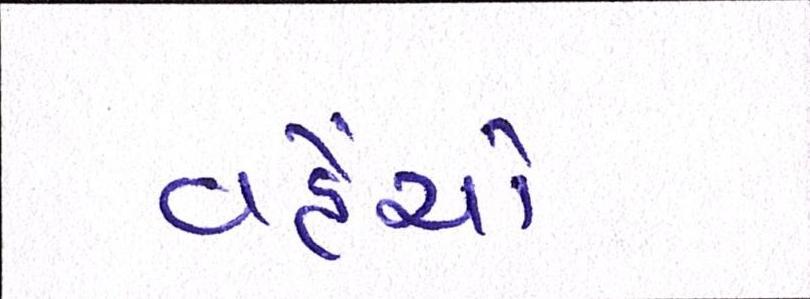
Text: વહેંચો